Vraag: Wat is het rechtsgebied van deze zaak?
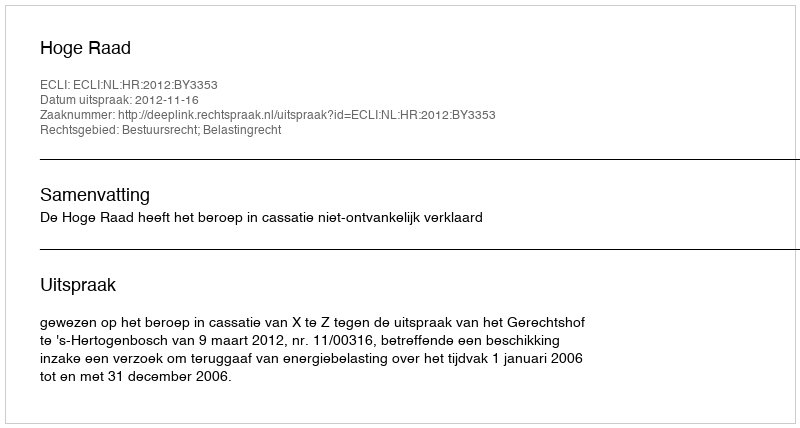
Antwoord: Bestuursrecht; Belastingrecht